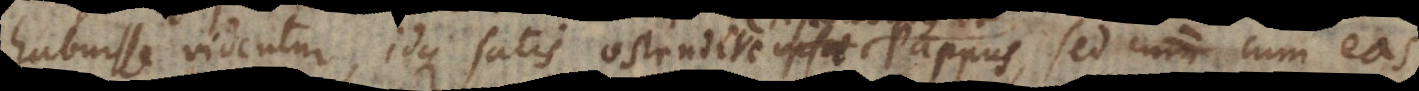
habuisse videntur, idque satis ostendere ipsae Pappus, sed cum eas